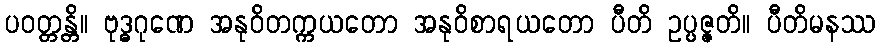
ပဝတ္တန္တိ။ ဗုဒ္ဓဂုဏေ အနုဝိတက္ကယတော အနုဝိစာရယတော ပီတိ ဥပ္ပဇ္ဇတိ။ ပီတိမနဿ